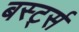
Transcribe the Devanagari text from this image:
बर्स्ट्स